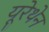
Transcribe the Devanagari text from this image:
यूरेथेन